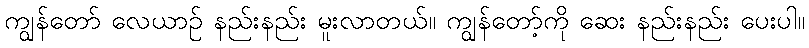
ကျွန်တော် လေယာဉ် နည်းနည်း မူးလာတယ်။ ကျွန်တော့်ကို ဆေး နည်းနည်း ပေးပါ။